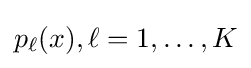
p_{\ell }(x),\ell =1,\dots ,K